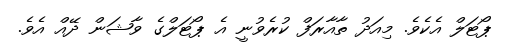
ޕޯޓަލް އެކެވެ. މިއަދު ތާއާރަފް ކުރެވުނީ އެ ޕޯޓަލްގެ ވާޝަން ދޭއް އެވެ.